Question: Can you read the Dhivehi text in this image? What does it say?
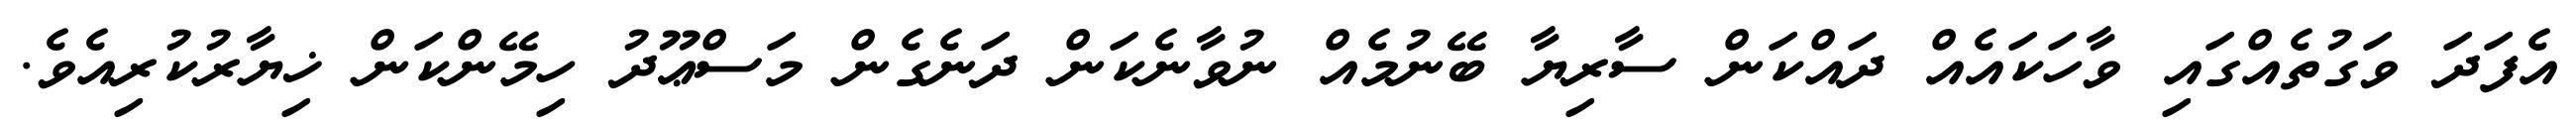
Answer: އެފަދަ ވަގުތެއްގައި ވާހަކައެއް ދައްކަން ސާރިޔާ ބޭނުމެއް ނުވާނެކަން ދަނެގެން މަސްޢޫދު ހިމޭންކަން ޚިޔާރުކުރިއެވެ.